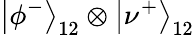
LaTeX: \left|\phi^{-}\right\rangle_{12}\otimes\left|\nu^{+}\right\rangle_{12}